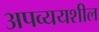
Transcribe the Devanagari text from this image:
अपव्ययशील